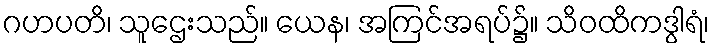
ဂဟပတိ၊ သူဌေးသည်။ ယေန၊ အကြင်အရပ်၌။ သိဝထိကဒွါရံ၊